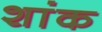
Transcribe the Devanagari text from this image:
शांक